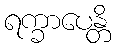
ရက္ခာပေန္တိ